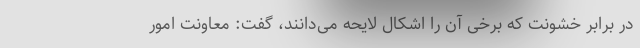
در برابر خشونت که برخی آن را اشکال لایحه می‌دانند، گفت: معاونت امور